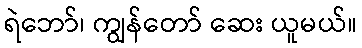
ရဲဘော်၊ ကျွန်တော် ဆေး ယူမယ်။